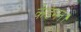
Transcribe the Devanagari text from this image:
केडमन।